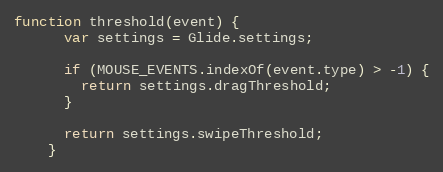
Language: JavaScript
function threshold(event) {
      var settings = Glide.settings;

      if (MOUSE_EVENTS.indexOf(event.type) > -1) {
        return settings.dragThreshold;
      }

      return settings.swipeThreshold;
    }